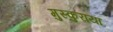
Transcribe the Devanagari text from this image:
मुस्कुराया